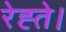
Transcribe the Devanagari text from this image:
रेह्ते।